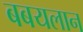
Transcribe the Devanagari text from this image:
बबयलान